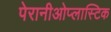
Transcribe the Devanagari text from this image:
पेरानीओप्लास्टिक